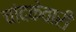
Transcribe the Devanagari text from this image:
चांदकेवारी